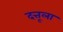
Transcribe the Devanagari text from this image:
दत्तूला